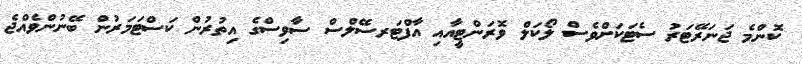
ކޮންމެ ޖަނަރޭޓަރު ސެޓަކަަށްވެސް ލޯކަލް ވޮރަންޓީއާއި އާފްޓަރސޭލްސް ސާވިސްގެ އިތުރުން ކަސްޓަަމަރުން ބޭނުންވެއްޖެ